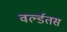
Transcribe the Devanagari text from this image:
वर्ल्डतस